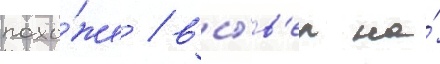
похо́же / вы́в'ел на́